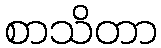
စာသိတာ